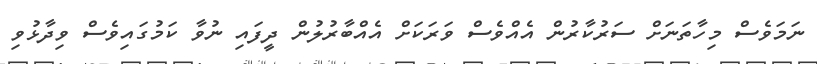
ނަމަވެސް މިހާތަނަށް ސަރުކާރުން އެއްވެސް ވަރަކަށް އެއްބާރުލުން ދީފައި ނުވާ ކަމުގައިވެސް ވިދާޅުވި